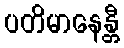
ပတိမာနေန္တီ